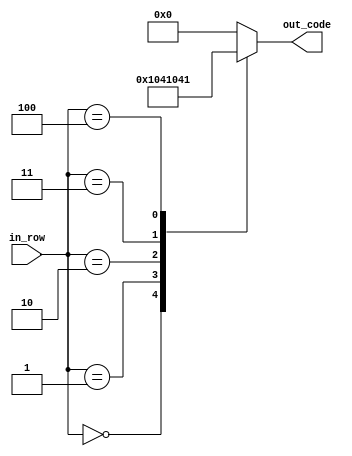
module bdiv(
	 input [2:0] in_row,
    output reg [4:0] out_code
    );

parameter [4:0] d_0 = 5'b10000; // X
parameter [4:0] d_1 = 5'b01000; //  X
parameter [4:0] d_2 = 5'b00100; //   X
parameter [4:0] d_3 = 5'b00010; //    X
parameter [4:0] d_4 = 5'b00001; //     X


always @ *
begin
	case (in_row)
		3'b000:
			out_code = d_0;
		3'b001:
			out_code = d_1;
		3'b010:
			out_code = d_2;
		3'b011:
			out_code = d_3;
		3'b100:
			out_code = d_4;
		default:
			out_code = 5'b0;
	endcase
end

endmodule